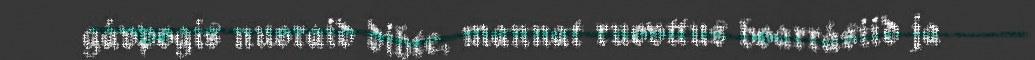
gávpogis nuoraid dihte, mannat ruovttus boarrásiid ja